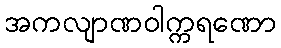
အကလျာဏဝါက္ကရဏော